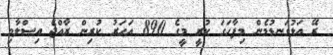
ރޭ އަޅުގަނޑުމެން މިފާހަގަ ކުރީ މީގެ 890 އަހަރު ކުރިން ރާއްޖެ އިސްލާމި